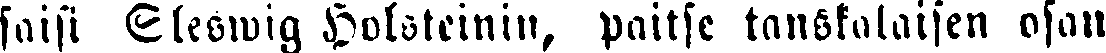
saisi Sleswig Holsteinin, paitse tanskalaisen osan